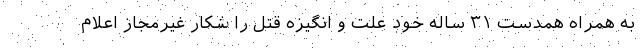
به همراه همدست ۳۱ ساله خود علت و انگیزه قتل را شکار غیرمجاز اعلام